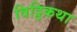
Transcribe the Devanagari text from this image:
विट्ठिकथा